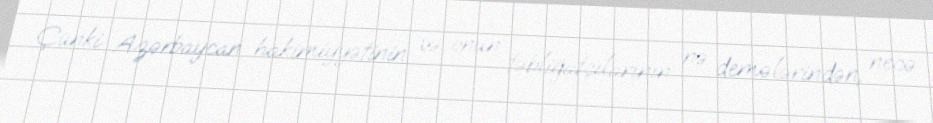
Çünki Azərbaycan hakimiyyətinin və onun təbliğatçılarının nə demələrindən, necə